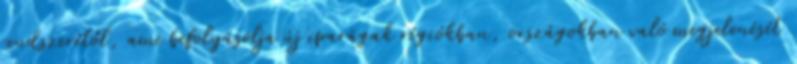
rendszerétől, ami befolyásolja új iparágak régiókban, országokban való megjelenését